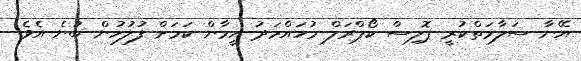
އޭނާ ސަލާމަތްކުރީ ޕޮލިސް ކޯޕްރަލް މުހައްމަދު އީމާން ކަމަށް ފުލުހުން ބުނެ އެވެ.